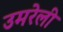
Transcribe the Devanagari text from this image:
उमरेली